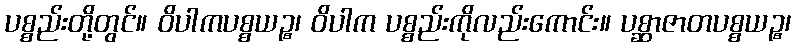
ပစ္စည်းတို့တွင်။ ဝိပါကပစ္စယဉ္စ၊ ဝိပါက ပစ္စည်းကိုလည်းကောင်း။ ပစ္ဆာဇာတပစ္စယဉ္စ၊